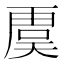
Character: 𮓥